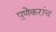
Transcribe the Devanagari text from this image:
पुणेकरांच